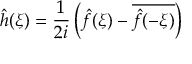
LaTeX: { \hat { h } } ( \xi ) = { \frac { 1 } { 2 i } } \left( { \hat { f } } ( \xi ) - { \overline { { { \hat { f } } ( - \xi ) } } } \right)